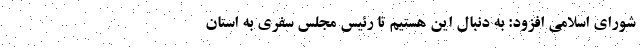
شورای اسلامی افزود: به دنبال این هستیم تا رئیس مجلس سفری به استان